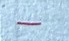
-